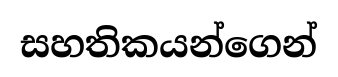
සහතිකයන්ගෙන්